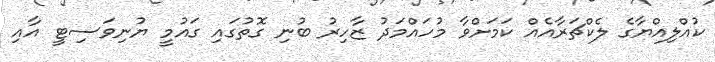
ކުއްލިއްޔާގެ ލެކްޗަރާއެއް ކަމަށްވާ މުހައްމަދު ޒާހިރު ބުނި ގޮތުގައި ގައުމީ ޔުނިވަސިޓީ އާއި